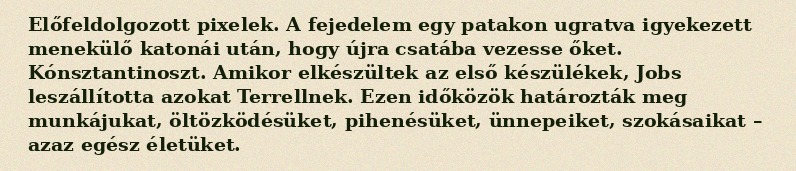
Előfeldolgozott pixelek. A fejedelem egy patakon ugratva igyekezett menekülő katonái után, hogy újra csatába vezesse őket. Kónsztantinoszt. Amikor elkészültek az első készülékek, Jobs leszállította azokat Terrellnek. Ezen időközök határozták meg munkájukat, öltözködésüket, pihenésüket, ünnepeiket, szokásaikat – azaz egész életüket.